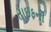
તાઇફનો